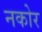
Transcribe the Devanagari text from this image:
नकोर